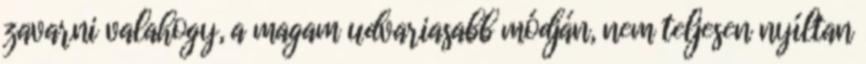
zavarni valahogy, a magam udvariasabb módján, nem teljesen nyíltan